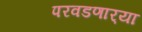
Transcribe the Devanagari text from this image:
परवडणार्‍या